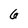
Character: 6